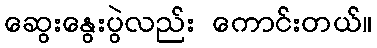
ဆွေးနွေးပွဲလည်း ကောင်းတယ်။